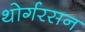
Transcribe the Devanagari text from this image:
थोर्गरसन